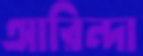
আরিন্দা